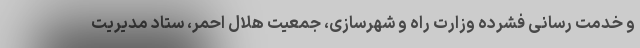
و خدمت رسانی فشرده وزارت راه و شهرسازی، جمعیت هلال احمر، ستاد مدیریت